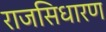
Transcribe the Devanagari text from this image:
राजसिधारण